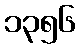
၁၃၅၆